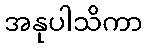
အနုပါသိကာ